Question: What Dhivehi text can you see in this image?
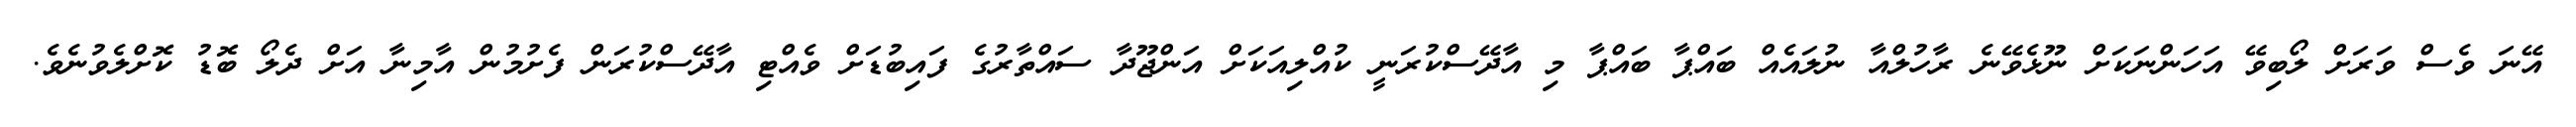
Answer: އޭނަ ވެސް ވަރަށް ލޯބިވޭ އަހަންނަކަށް ނޫޅެވޭނެ ރާހުލްއާ ނުލައެއް ބައްޕާ ބައްޕާ މި އާދޭސްކުރަނީ ކުއްލިއަކަށް އަންޖޫދާ ސައްތާރުގެ ފައިބުޑަށް ވެއްޓި އާދޭސްކުރަން ފެށުމުން އާމިނާ އަށް ދެލޯ ބޮޑު ކޮށްލެވުނެވެ.